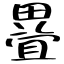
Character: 疂